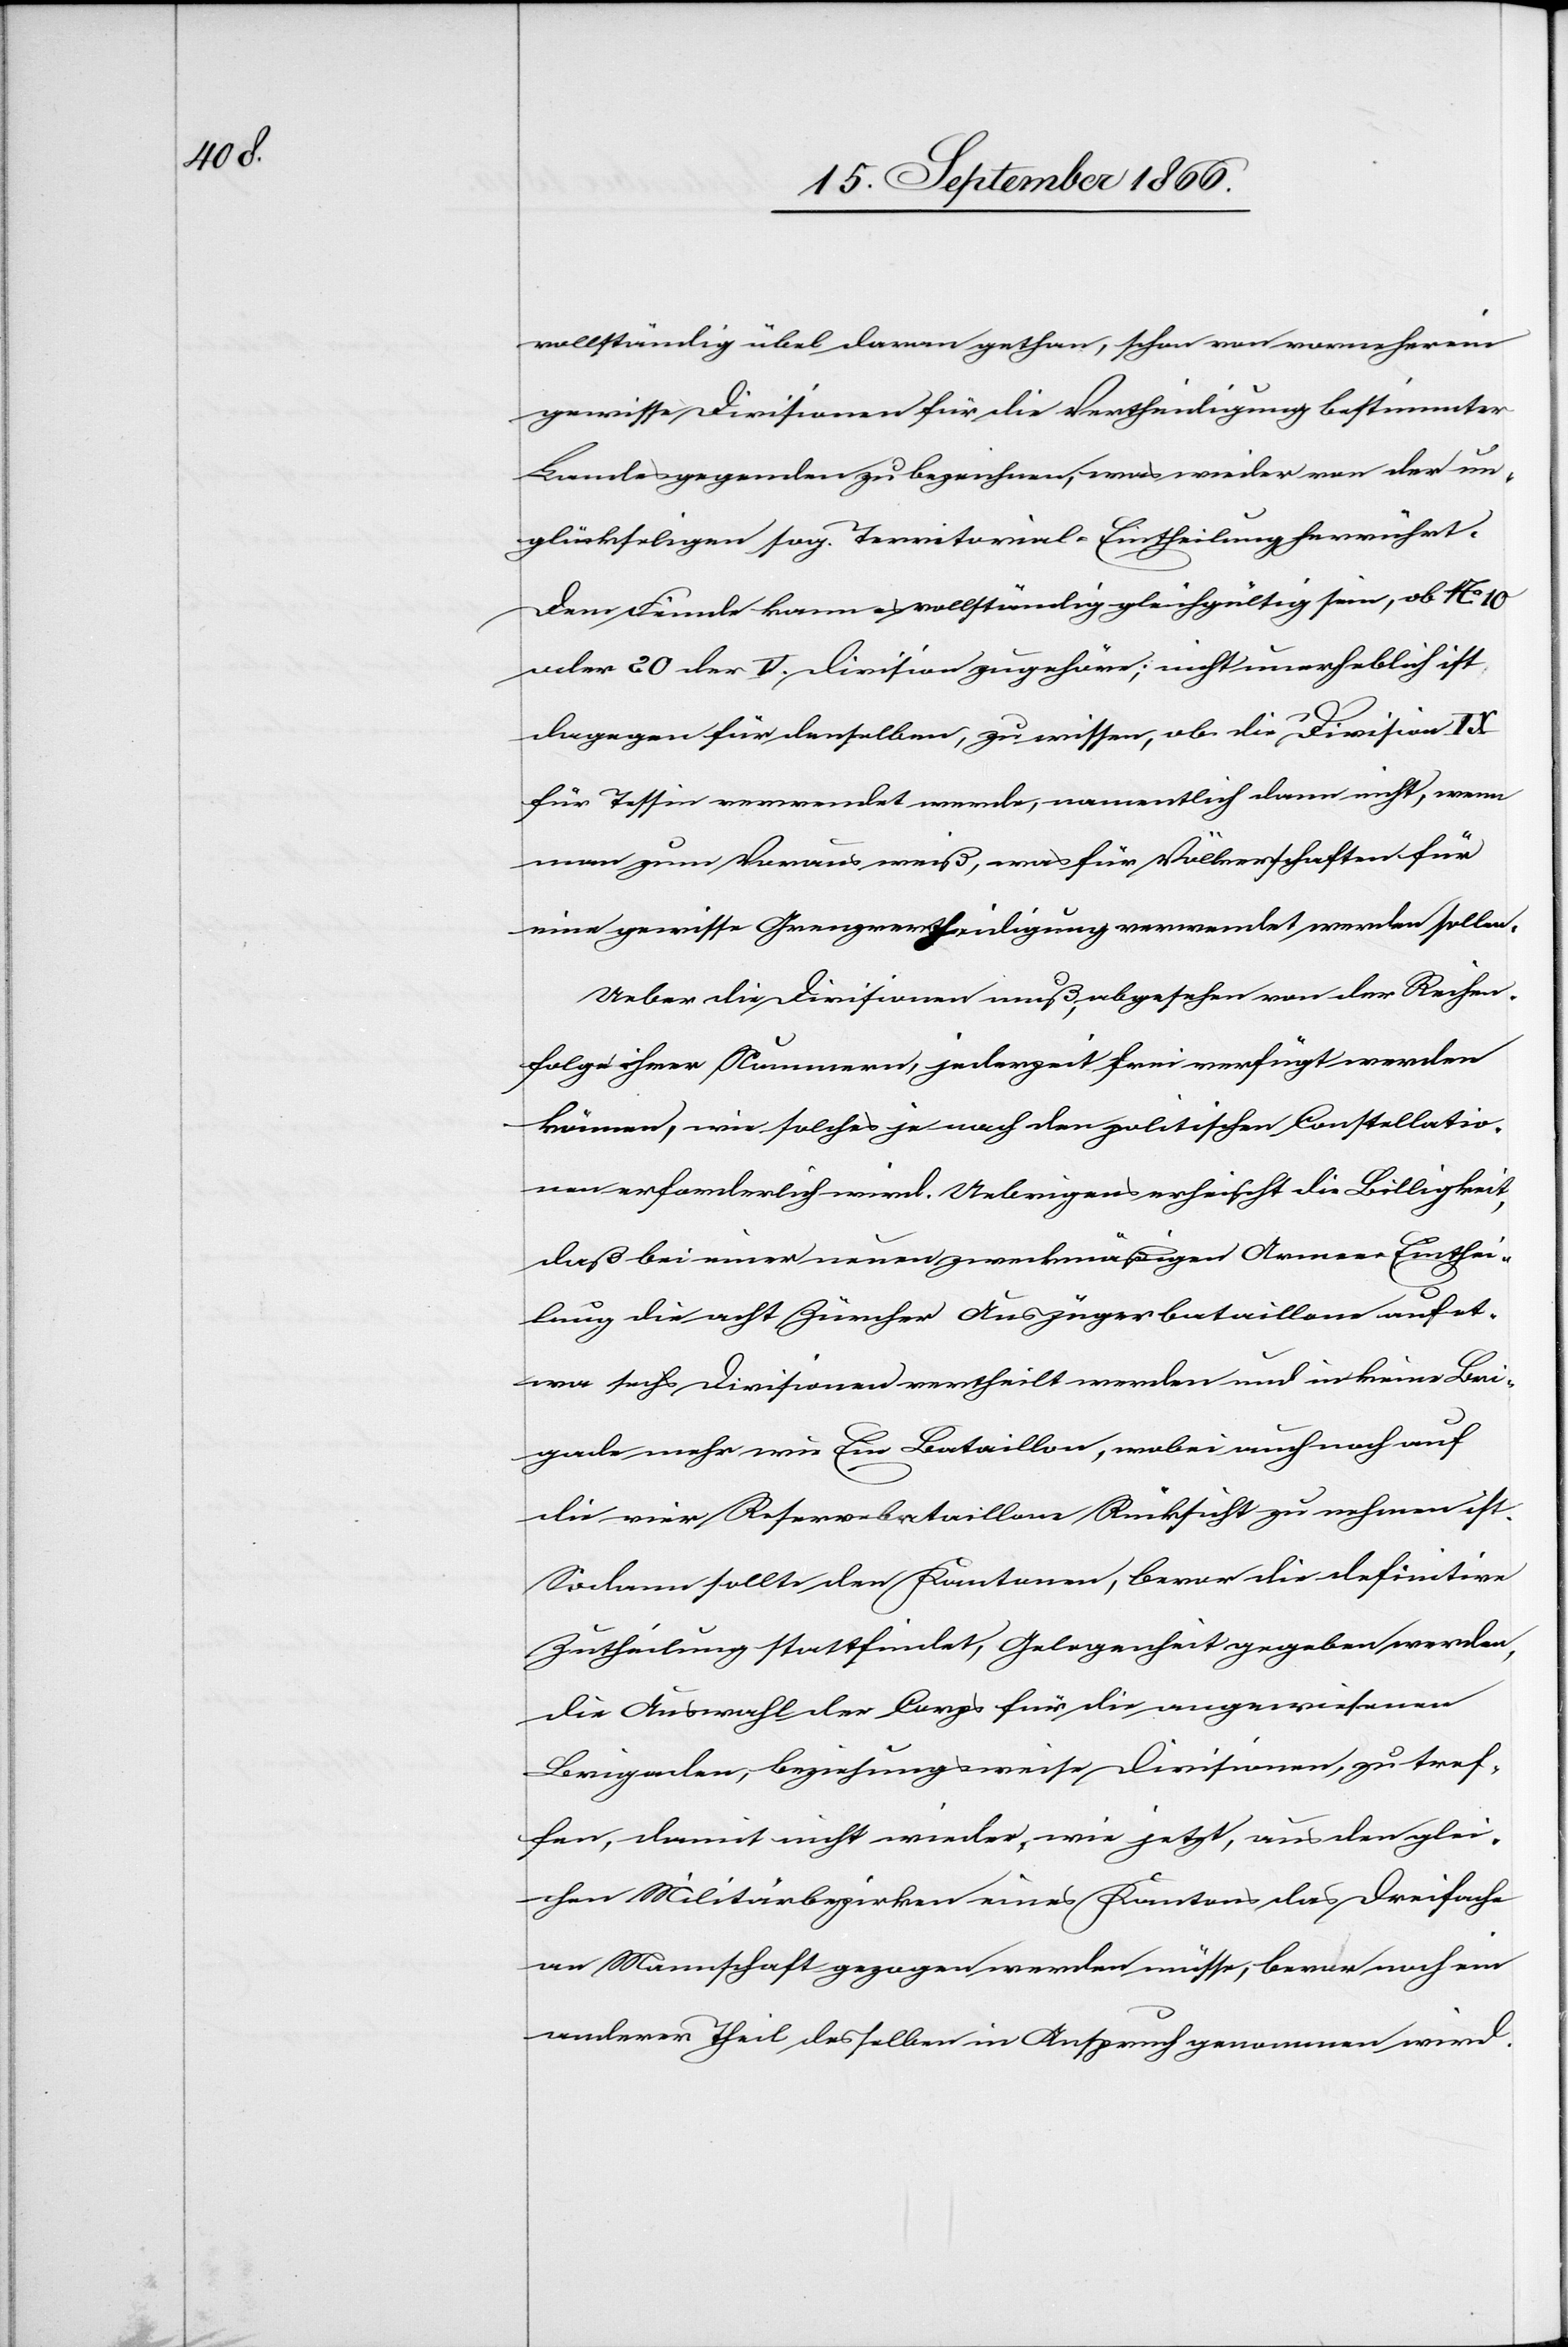
vollständig übel daran gethan, schon von vornherein
gewisse Divisionen für die Vertheidigung bestimmter
Landesgegenden zu bezeichnen, was wieder von der un¬
glücklichen sog. Territorial-Eintheilung herrührt.
Dem Feinde kann es vollständig gleichgültig sein, ob No.
oder 20 der V. Division zugehöre; nicht unerheblich ist
dagegen für denselben, zu wissen, ob die Division IX
für Tessin verwendet werde, namentlich dann nicht, wenn
man zum Voraus weiß, was für Völkerschaften für
eine gewisse Grenzvertheidigung verwendet werden sollen.
Ueber die Divisionen muß, abgesehen von der Reihen¬
folge ihrer Nummern, jederzeit frei verfügt werden
können, wie solches je nach der politischen Constellatio¬
n erforderlich wird, Uebrigens erheischt die Billigkeit,
daß bei einer neuen zweckmäßigen Armee-Einthei¬
lung die acht Zürcher Auszügerbataillone auf et¬
wa sechs Divisionen vertheilt werden und in keiner Bri¬
gade mehr wie Ein Bataillon, wobei auch noch auf
die vier Reservebataillone Rücksicht zu nehmen ist.
Sodann sollte den Kantonen, bevor die definitive
Zutheilung stattfinde, Gelegenheit gegeben werden,
die Auswahl der Corps für die angewiesenen
Brigaden, beziehungsweise Divisionen, zu tref¬
fen, damit nicht wieder, wie jetzt, aus den glei¬
chen Militärbezirken eines Kantons das dreifache
an Mannschaft gezogen werden müsse, bevor noch ein
anderer Theil desselben in Anspruch genommen wird.